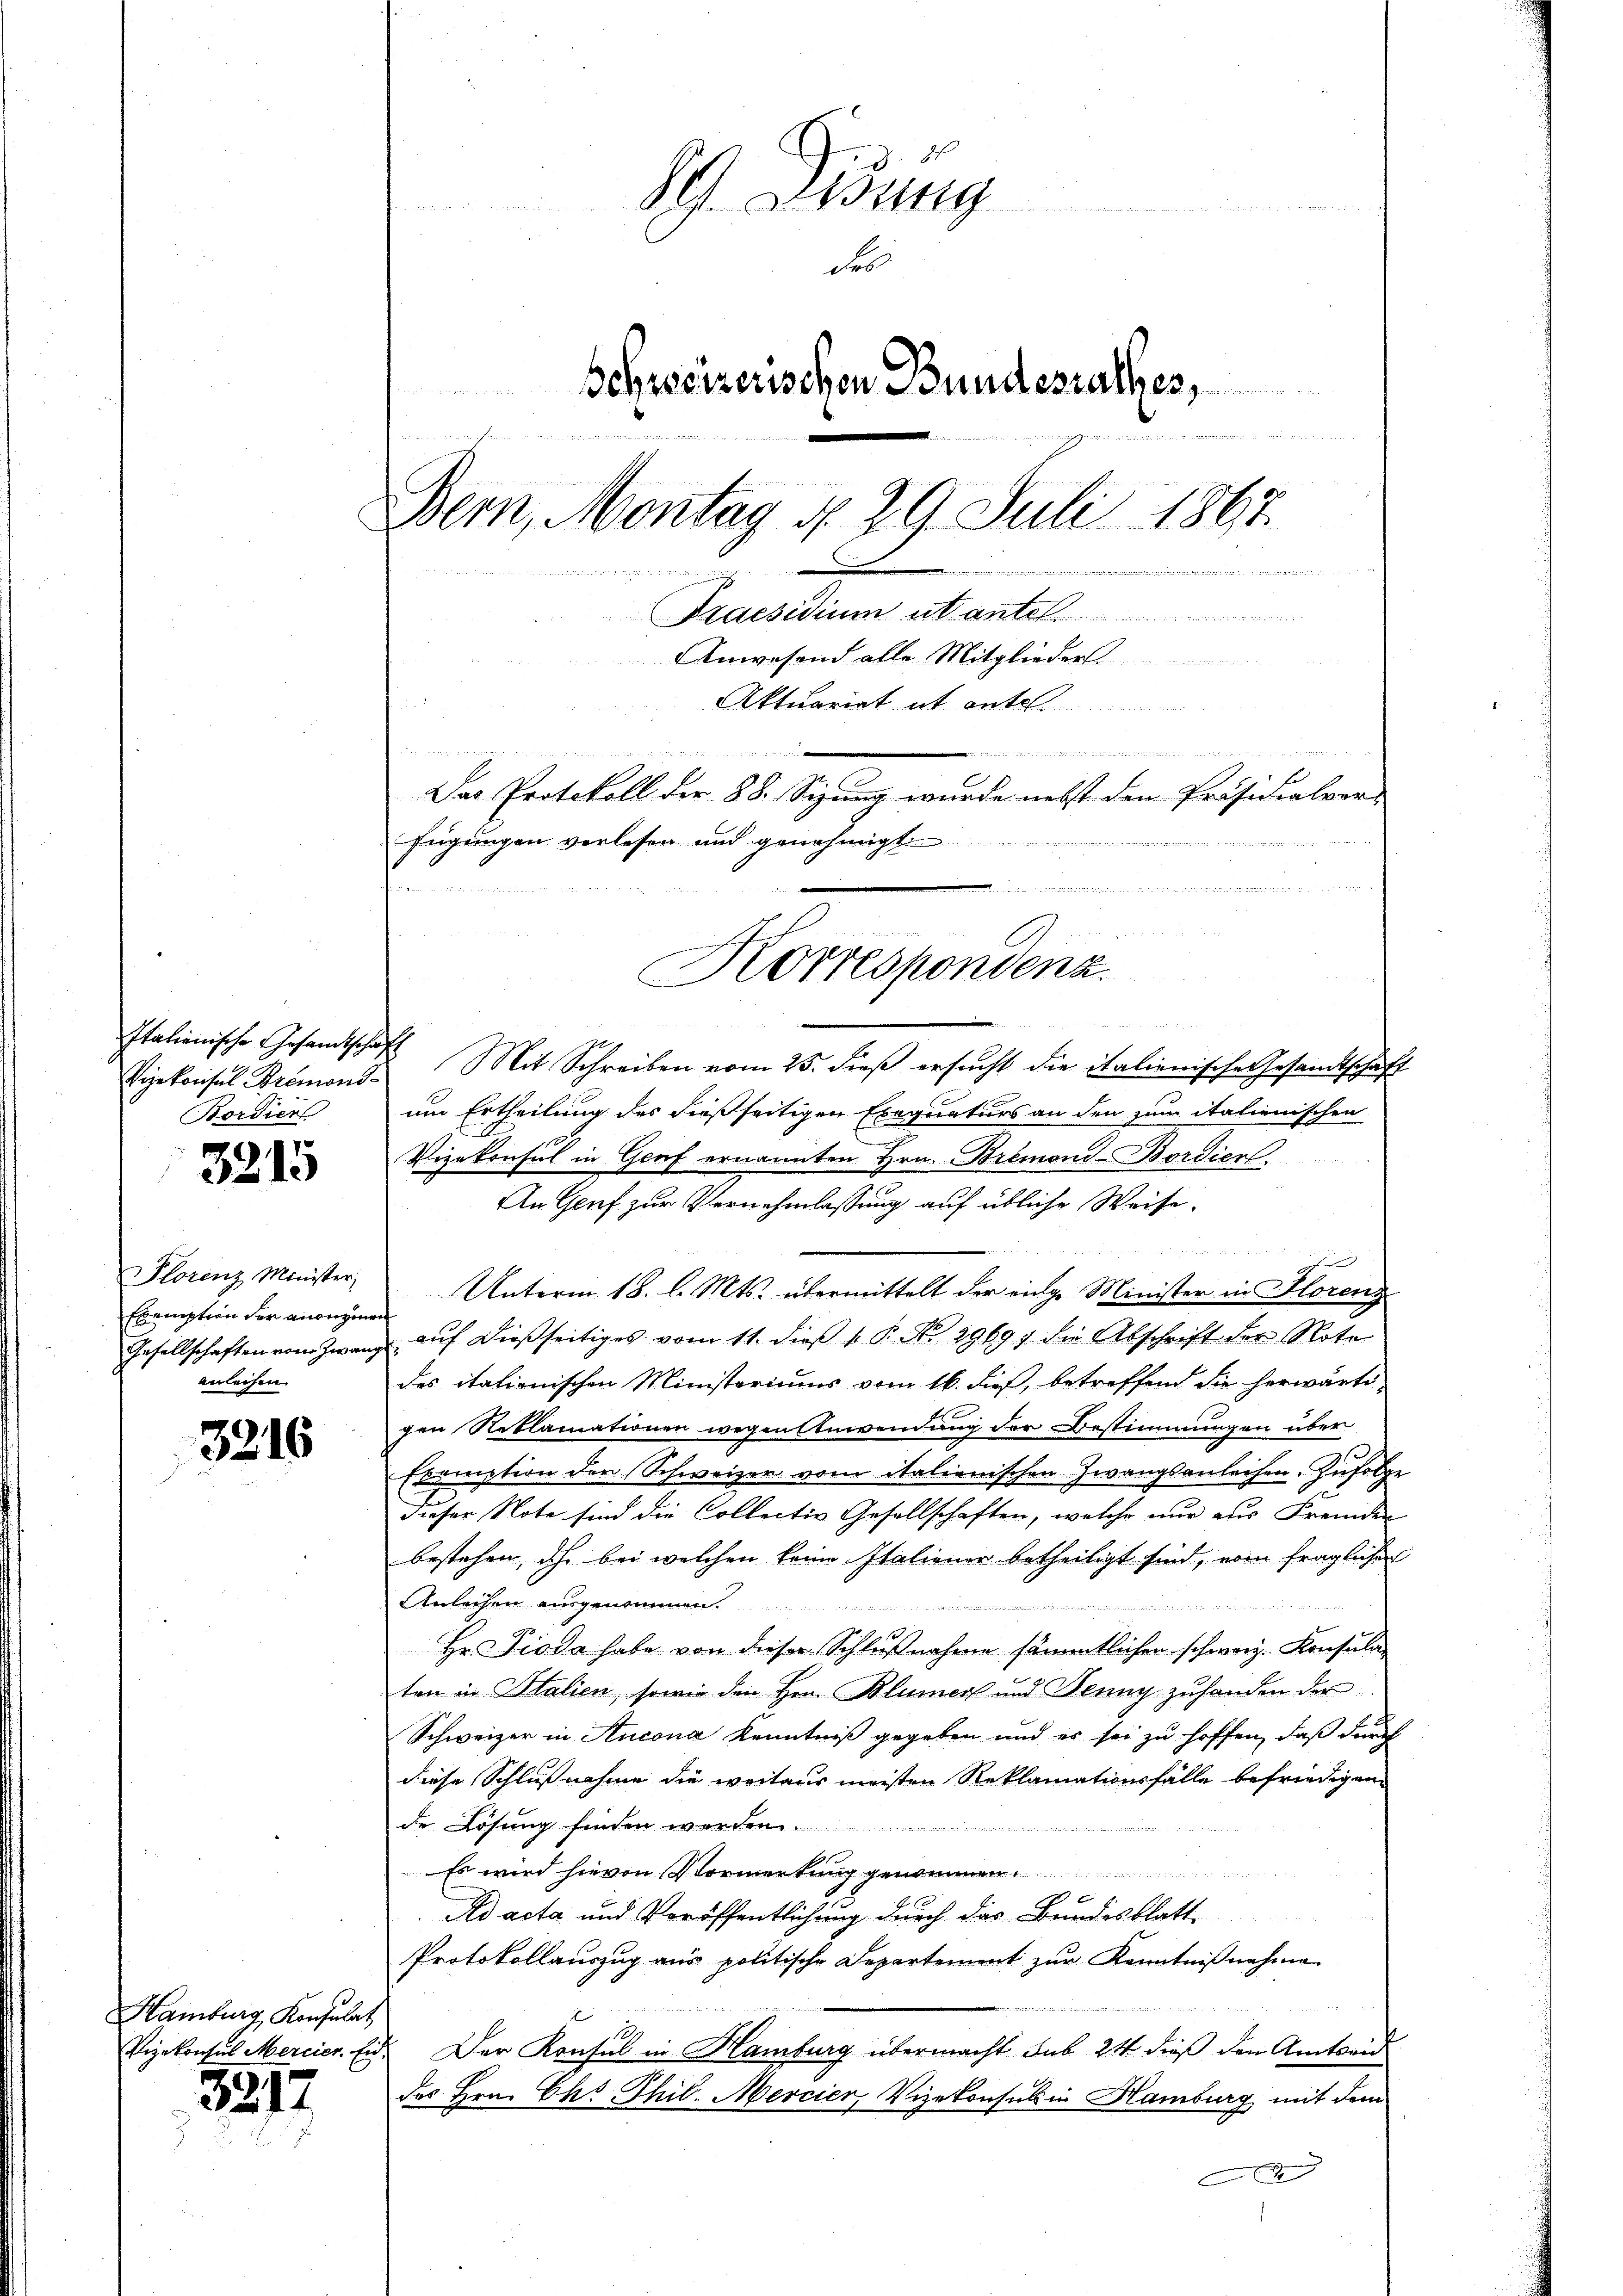
Italienische Gesandtschaft
Bordien

3215

Florenz Minister,
Eremption der anangenen
anleihen.

3216

Hamburg, Konsulat

3277

89. Zung
Fo
Schweizerischen Bundesrathes,

n
Bern, Montag d. 29. Juli 1867.
n an d
in werden
neien den unter einen in durch
Praesidium ut an
Anwesend alle Mitglieder
Aktuariat it ent

.
Das Protokoll der 88. Sizung wurde nebst den Präsidialver
fügungen verlesen und genehmigt
ii Meinung einer
u
e

Vizekonsul Bremond Mit Schreiben vom 25. dieβ ersŭcht die italienische Gesamtschaft
um Ertheilung des dießseitigen Exequaturs an den zum italienischen
Vizekonsul in Genf ernannten Hrn. Bremond-Bordiert.
An Genf zur Vernehmlassung auf übliche Weise.
Ich
Unterm 18. l. Mts. übermittelt der einge Minister in Horenz
Gesellschaften vom Zwang aŭf dießseitiges vom 11. dieβ v. P. No. 29697 die Abschrift der Note
des italienischen Ministoriums vom 16. dieß, betreffend die herwärti-
gen Reklamationen wegen Anwendung der Bestimmungen über
Ecomption der Schweizer vom italienischen Zwangsanleihen. Zufolge
dieser Note sind die Collectiv Gesellschaften, welche nur aus Fremden
bestehen, ich bei welchen keine Italiener betheiligt sind, vom fraglichen
Anleihen ausgenommen.
Hr. Pioda habe von dieser Schlußnahme sämmtlichen schweiz. Konsulaten in Italien, sowie den Hrn. Blümer und Jenny zuhanden der
Schweizer in Aucona Kenntniß gegeben und es sei zu hoffen, daß durch
diese Schlußnahme die weitaus meisten Reklamationsfälle befriedigen.
de Lösung finden werden.
Es wird hievon Vormerkung genommen.
 x
Ad acta und Veröffentlichung durch das Bundesblatt
Protokollauszug aus politische Departement zur Kenntnißnahme

Vizekonsul Mercier. Eid. Der Konsul in Hamburg übermacht sub 24 dieß den Amtsein
des Hrn. Ch. Thil. Mercier, Vizekonsuls in Hamburg mit dem
C

Korrespondenz.